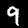
Label: 9